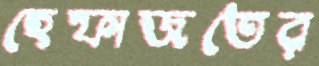
হেফাজতের